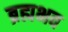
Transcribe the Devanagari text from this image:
ब्रह्मभव